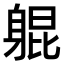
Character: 𬧨